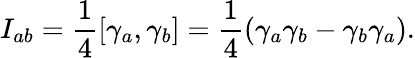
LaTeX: I_{ab}={\frac 14}[\gamma_{a},\gamma_{b}]={\frac 14}(\gamma_{a}\gamma_{b}-\gamma_{b}\gamma_{a}).